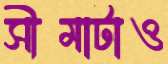
সীমাটাও